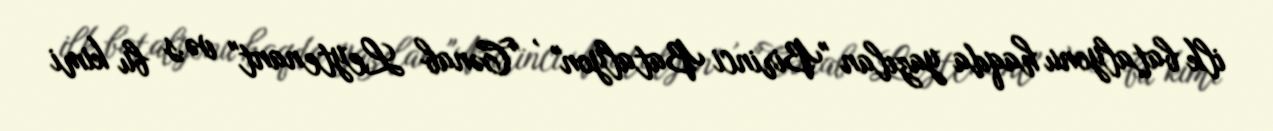
ilk batalyonu haqda yazılan "Birinci Batalyon" , "Cənab Leytenant" və.s bu kimi